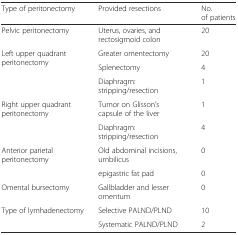
<table><thead><tr><td><b>Type of peritonectomy</b></td><td><b>Provided resections</b></td><td><b>No. of patients</b></td></tr></thead><tbody><tr><td>Pelvic peritonectomy</td><td>Uterus, ovaries, and rectosigmoid colon</td><td>20</td></tr><tr><td rowspan="3">Left upper quadrant peritonectomy</td><td>Greater omentectomy</td><td>20</td></tr><tr><td>Splenectomy</td><td>4</td></tr><tr><td>Diaphragm: stripping/resection</td><td>1</td></tr><tr><td rowspan="2">Right upper quadrant peritonectomy</td><td>Tumor on Glisson’s capsule of the liver</td><td>1</td></tr><tr><td>Diaphragm: stripping/resection</td><td>4</td></tr><tr><td rowspan="2">Anterior parietal peritonectomy</td><td>Old abdominal incisions, umbilicus</td><td>0</td></tr><tr><td>epigastric fat pad</td><td>0</td></tr><tr><td>Omental bursectomy</td><td>Gallbladder and lesser omentum</td><td>0</td></tr><tr><td>Type of lymhadenectomy</td><td>Selective PALND/PLND</td><td>10</td></tr><tr><td></td><td>Systematic PALND/PLND</td><td>2</td></tr></tbody></table>